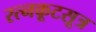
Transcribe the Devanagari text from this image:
रत्नकूटसूत्र